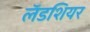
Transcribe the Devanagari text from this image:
लॅडशियर